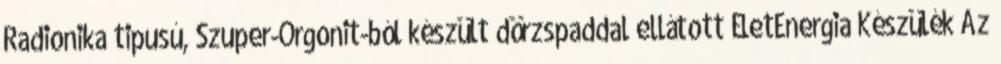
Radionika tipusú, Szuper-Orgonit-ból készült dörzspaddal ellátott ÉletEnergia Készülék Az